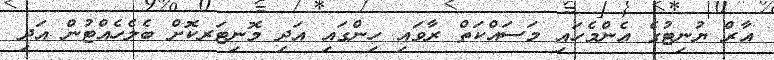
އާރް ޔުނިޓުގެ އެންމެހައި މަސައްކަތް ރާވައި ހިންގައި އަދި މޮނިޓަރކޮށް ބެލެހެއްޓުން އަދި